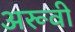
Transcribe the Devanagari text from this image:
अरूवी